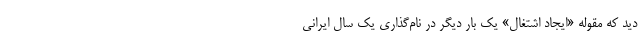
دید که مقوله «ایجاد اشتغال» یک بار دیگر در نام‌گذاری یک سال ایرانی